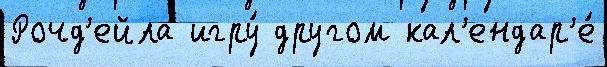
Рочд'ейла игру́ другом кал'ендар'е́